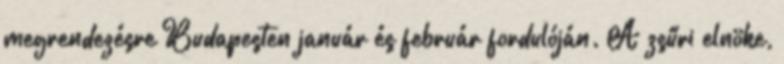
megrendezésre Budapesten január és február fordulóján. A zsűri elnöke,